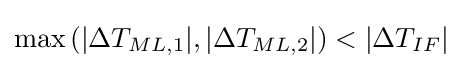
{\text{max}}\left(\left|\Delta T_{ML,1}|,|\Delta T_{ML,2}\right|\right)<|\Delta T_{IF}|